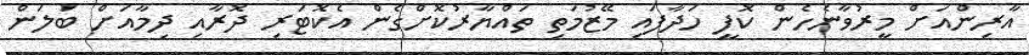
އާރިންއަށް މީރުވާނެހެން ކޮފީ ހަދާފައި މޭޒުމަތި ތައްޔާރުކޮށްގެން އެކޮޓަރި ދޮރާއި ދިމާއަށް ބަލަން